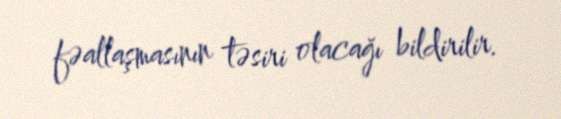
fəallaşmasının təsiri olacağı bildirilir.